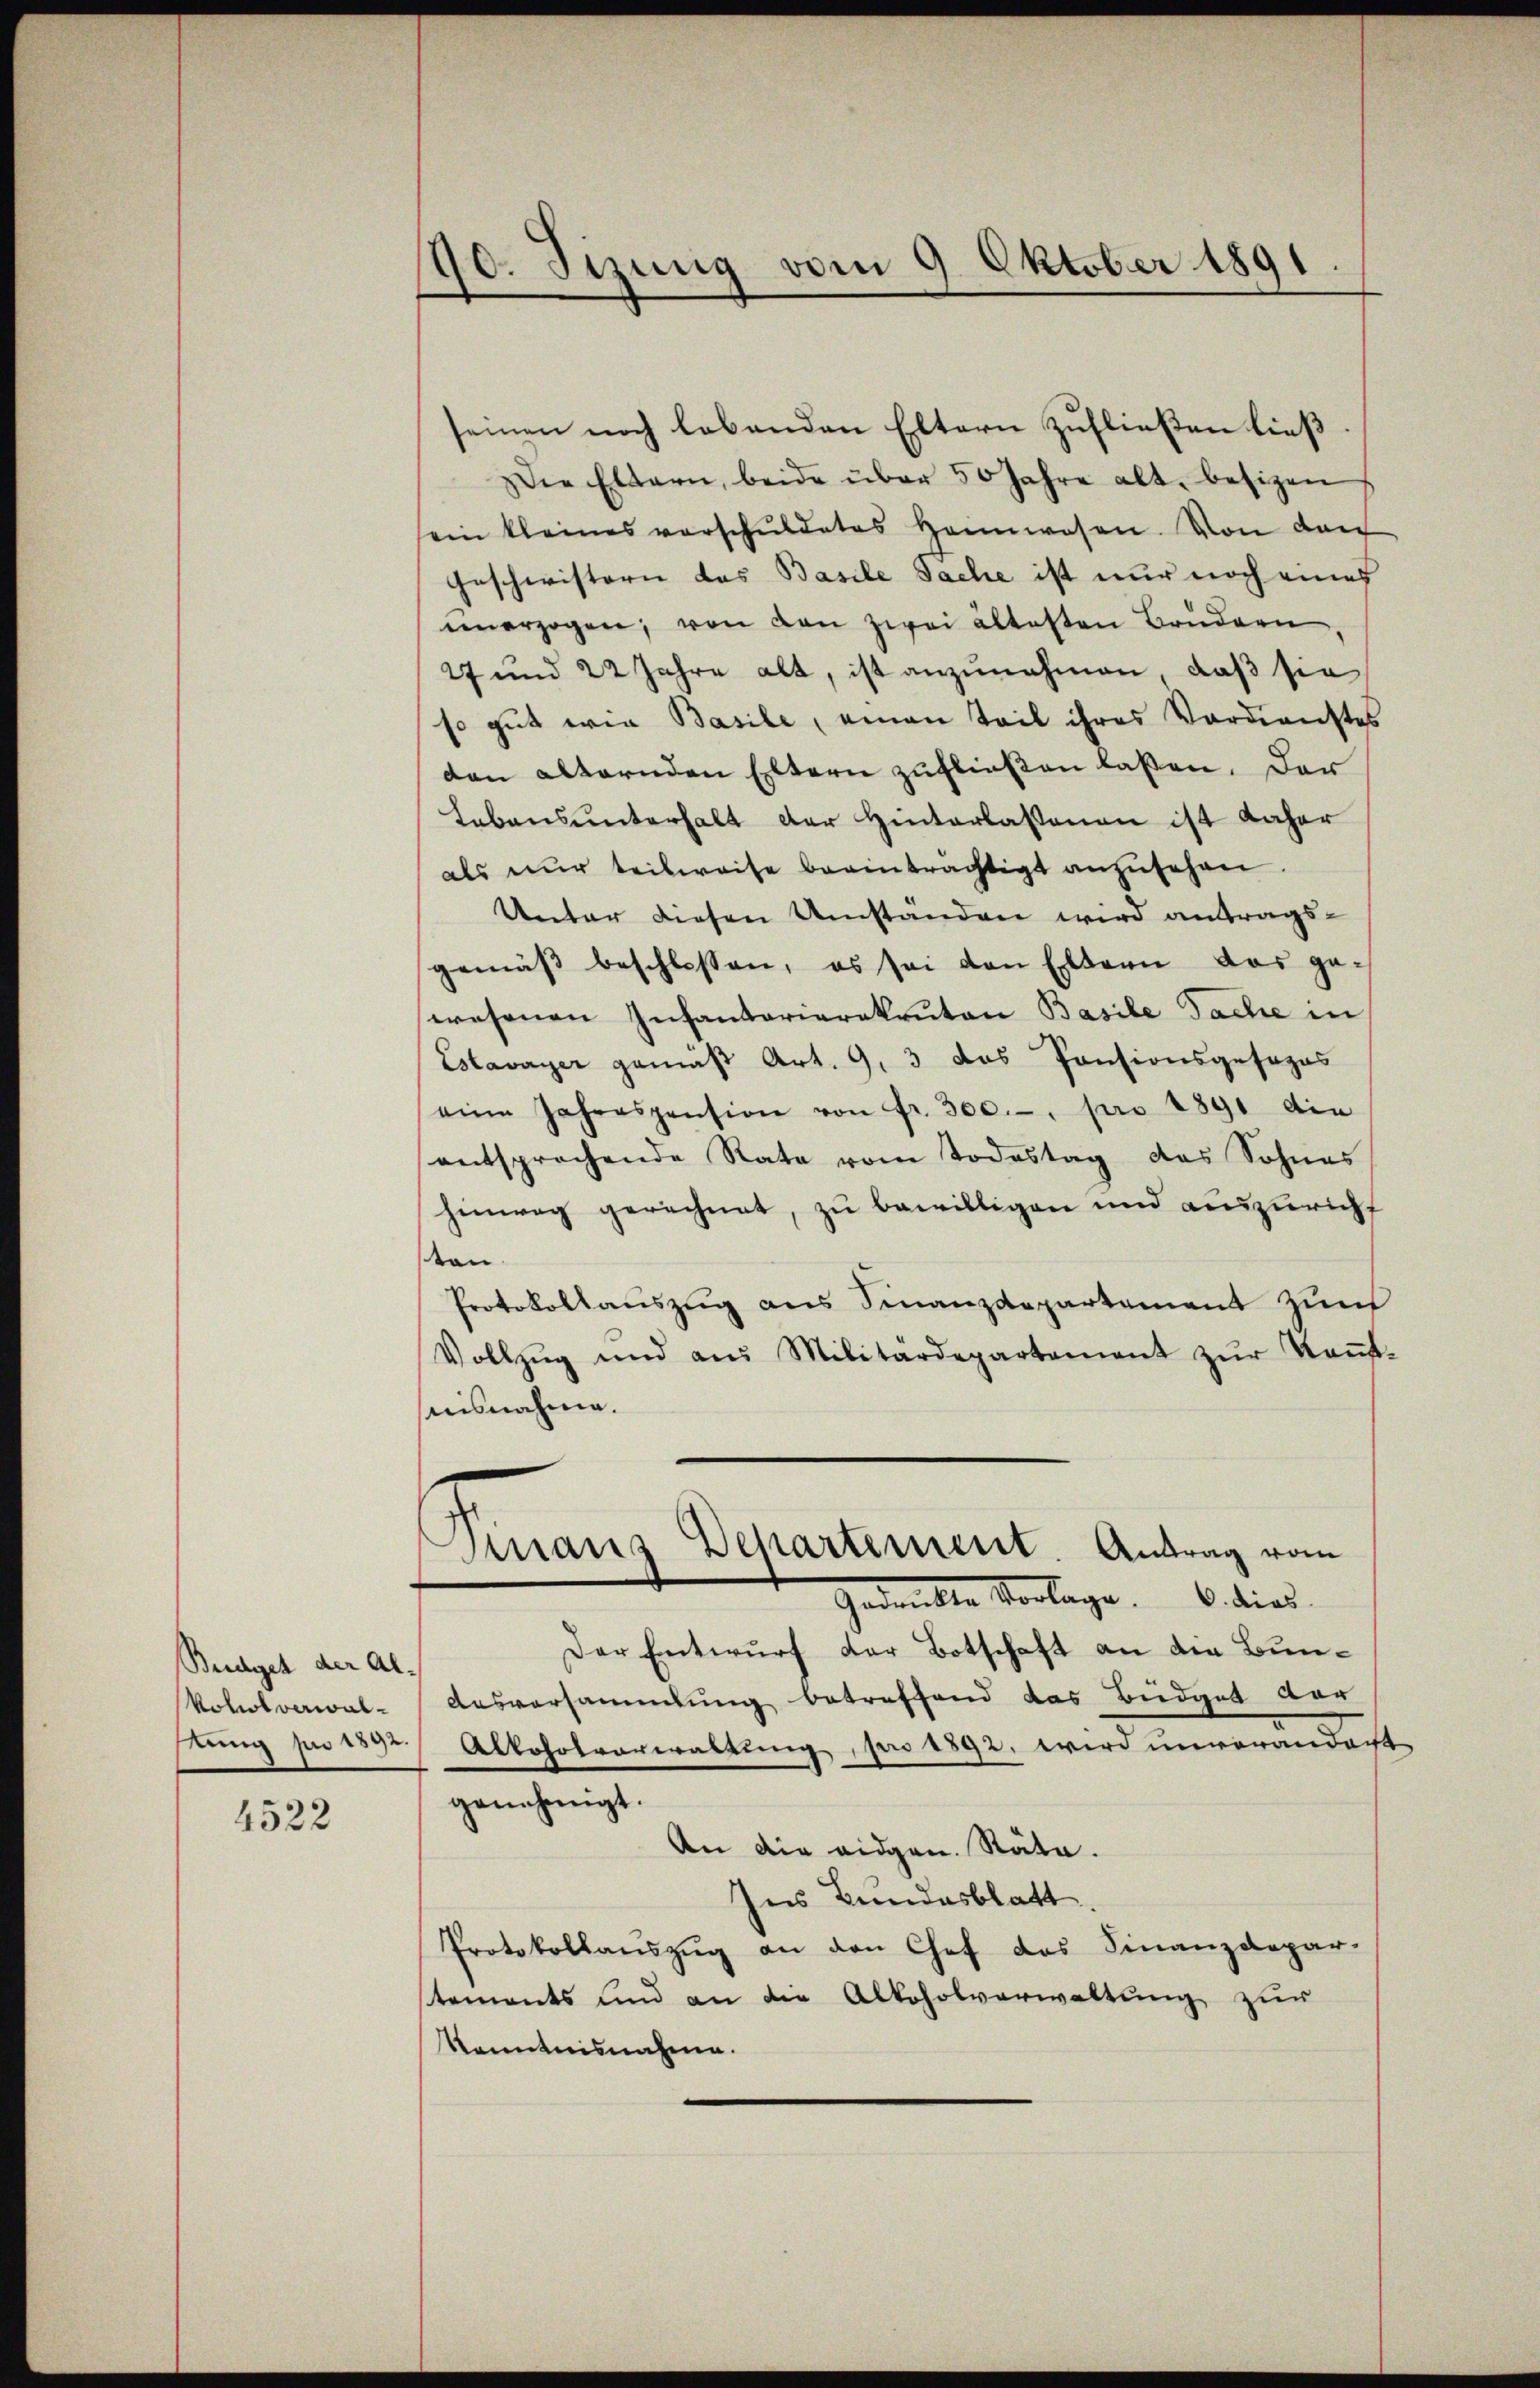
Budget der Al¬
Vohol verwaltung pro 1892.

4522

90. Sizung vom 9. Oktober 1891

seinen noch lebenden Eltern zufließen ließ
Die Eltern, beide über 50 Jahre alt. besizen
sein kleines verschuldetes Heimwesen. Von den
Geschwistern das Basile Sache ist nur noch eines
unerzogen, von den zwei ältesten Brudern
27 und 22 Jahre alt, ist anzunehmen, daß sie
so gut wie Basile, einen Teil ihres Verdienstes
den alternden Eltern zufließen laßen. Der
Lebensunterhalt der Hinterlassenen ist daher
als nur teilweise beeinträchtigt anzusehen.
Unter diesen Umstanden wird antrags-
gemäβ beschlossen, es sei den Eltern das ge-
wesenen Infantariarakanton Basile Sache in
Estavayer gemäß Art. 9, 3 das Pensionsgesages
eine Jahrespension von fr. 300.- pro 1891 die
entsprochende Rate vom Todestag des Sohnes
hinweg gerechnet, zu bewilligen und auszuricht
ton
Protokollauszug aus Finanzdepartement zum
Vollzŭg und aus Militärdepartement zŭr Keṅt-
nisnahme.
Finans Departement. Antrag vom
Gedankte Vorlage dies
Der Entwurf der Botschaft an die Bun¬
Ausversammlung betreffend das Büdget den
Alkoholverwaltung, pro 1892, wird unvorandacht
genehmigt.
An die eidgen. Räte.
Ins Bundesblatt
Protokollauszug an den Chef das Finanzdepar-
stements und an die Alkoholverwaltung zur
Kenntnisnahme.